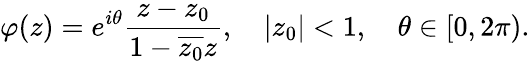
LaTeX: \varphi(z)=e^{i\theta}\frac{z-z_{0}}{1-\overline{{z_{0}}}z},\quad|z_{0}|<1,\quad\theta\in[0,2\pi).